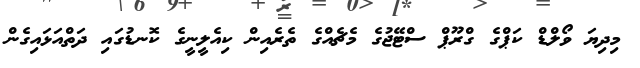
މިދިޔަ ވޯލްޑް ކަޕްގެ ގްރޫޕް ސްޓޭޖުގެ މެޗެއްގެ ތެރެއިން ކިއެލީނީގެ ކޮނޑުގައި ދަތްއަޅައިގެން